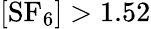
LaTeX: [\mathrm{{SF_{6}}]>1.52}